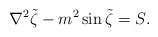
\begin{align*}{\nabla^2\tilde\zeta-m^2\sin\tilde\zeta=S} .\end{align*}